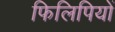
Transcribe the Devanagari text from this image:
फिलिपियों